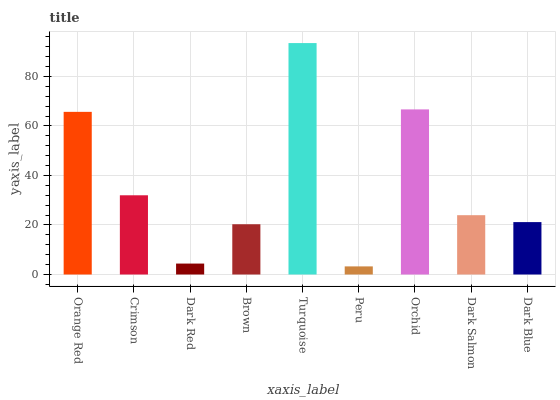
| xaxis_label | bars |
 | --- | --- |
 | Orange Red | 65.7 |
 | Crimson | 32 |
 | Dark Red | 4.41 |
 | Brown | 20.3 |
 | Turquoise | 93.5 |
 | Peru | 3.27 |
 | Orchid | 66.7 |
 | Dark Salmon | 24 |
 | Dark Blue | 21.2 |